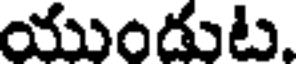
యుండుట.